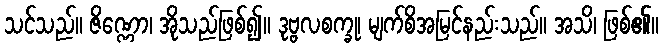
သင်သည်။ ဇိဏ္ဏော၊ အိုသည်ဖြစ်၍။ ဒုဗ္ဗလစက္ခု၊ မျက်စိအမြင်နည်းသည်။ အသိ၊ ဖြစ်၏။